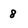
Character: 8